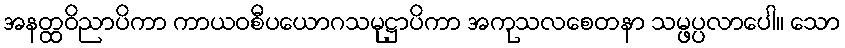
အနတ္ထဝိညာပိကာ ကာယဝစီပယောဂသမုဋ္ဌာပိကာ အကုသလစေတနာ သမ္ဖပ္ပလာပေါ။ သော